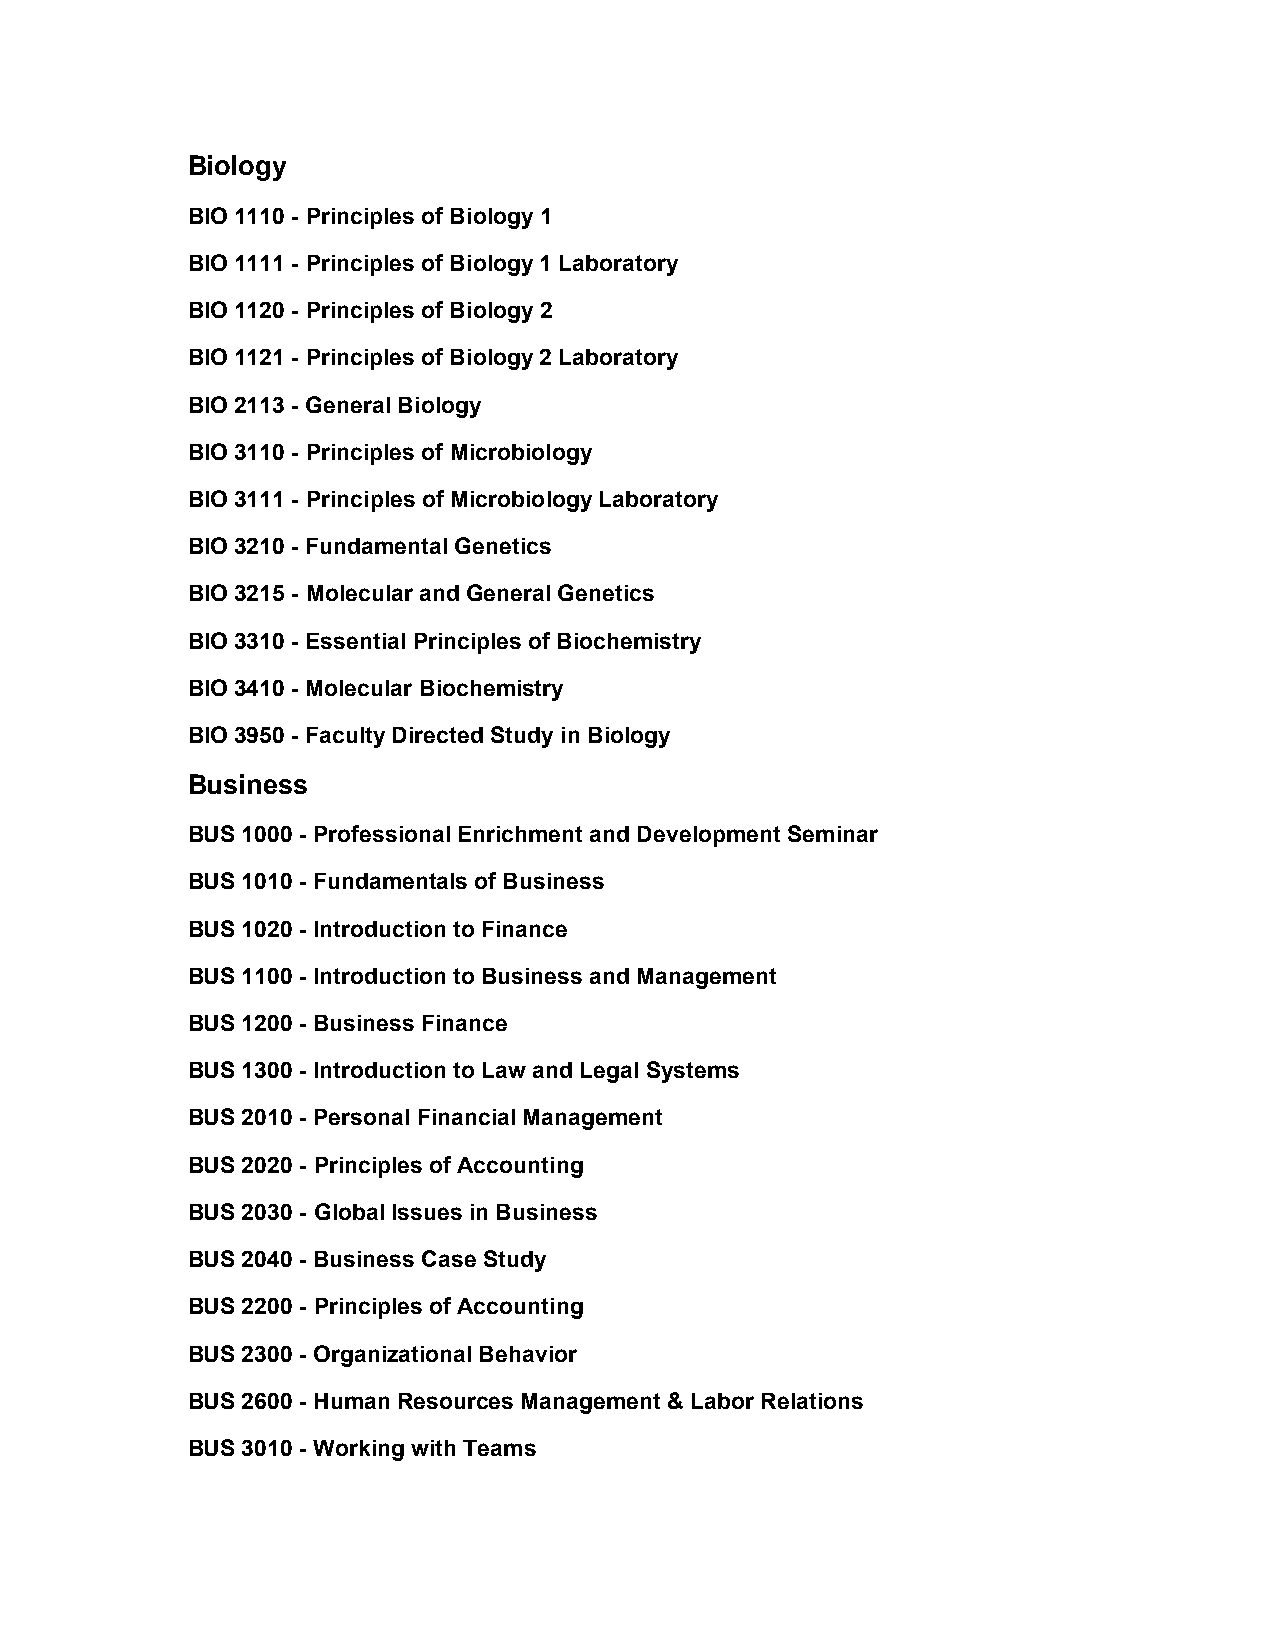
Biology
 BIO 1110 - Principles of Biology 1
 BIO 1111 - Principles of Biology 1 Laboratory
 BIO 1120 - Principles of Biology 2
 BIO 1121 - Principles of Biology 2 Laboratory
 BIO 2113 - General Biology
 BIO 3110 - Principles of Microbiology
 BIO 3111 - Principles of Microbiology Laboratory
 BIO 3210 - Fundamental Genetics
 BIO 3215 - Molecular and General Genetics
 BIO 3310 - Essential Principles of Biochemistry
 BIO 3410 - Molecular Biochemistry
 BIO 3950 - Faculty Directed Study in Biology
 Business
 BUS 1000 - Professional Enrichment and Development Seminar
 BUS 1010 - Fundamentals of Business
 BUS 1020 - Introduction to Finance
 BUS 1100 - Introduction to Business and Management
 BUS 1200 - Business Finance
 BUS 1300 - Introduction to Law and Legal Systems
 BUS 2010 - Personal Financial Management
 BUS 2020 - Principles of Accounting
 BUS 2030 - Global Issues in Business
 BUS 2040 - Business Case Study
 BUS 2200 - Principles of Accounting
 BUS 2300 - Organizational Behavior
 BUS 2600 - Human Resources Management & Labor Relations
 BUS 3010 - Working with Teams